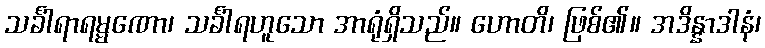
သင်္ခါရာရမ္မဏော၊ သင်္ခါရဟူသော အာရုံရှိသည်။ ဟောတိ၊ ဖြစ်၏။ အဒိန္နာဒါနံ၊